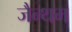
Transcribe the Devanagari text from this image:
जैन्थम